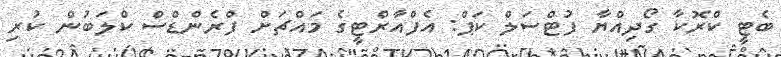
ބެޓީ ކްރޮކާ ގޯދިއްޔާ ފުޓްސަލް ކަޕް: އެފްއާރްޓީގެ މައްޗަށް ފްރެންޑްސް ކްލަބުން ކުރި